Report on vaccination proceedings throughout the Government of Bengal -
Year: 1868
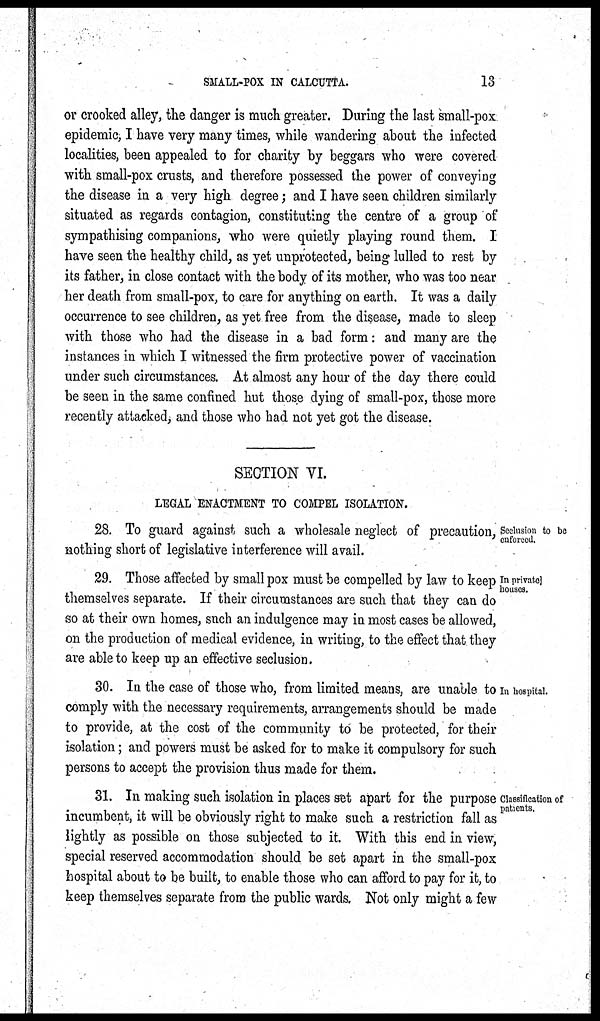
SMALL-POX IN CALCUTTA.
13
or crooked alley, the danger is much greater. During the last small-pox
epidemic, I have very many times, while wandering about the infected
localities, been appealed to for charity by beggars who were covered
with small-pox crusts, and therefore possessed the power of conveying
the disease in a very high degree; and I have seen children similarly
situated as regards contagion, constituting the centre of a group of
sympathising companions, who were quietly playing round them. I
have seen the healthy child, as yet unprotected, being lulled to rest by
its father, in close contact with the body of its mother, who was too near
her death from small-pox, to care for anything on earth. It was a daily
occurrence to see children, as yet free from the disease, made to sleep
with those who had the disease in a bad form: and many are the
instances in which I witnessed the firm protective power of vaccination
under such circumstances. At almost any hour of the day there could
be seen in the same confined hut those dying of small-pox, those more
recently attacked, and those who had not yet got the disease.
SECTION VI.
LEGAL ENACTMENT TO COMPEL ISOLATION.
Seclusion to be
enforced.
28. To guard against such a wholesale neglect of precaution,
nothing short of legislative interference will avail.
In private
houses.
29. Those affected by small pox must be compelled by law to keep
themselves separate. If their circumstances are such that they can do
so at their own homes, such an indulgence may in most cases be allowed,
on the production of medical evidence, in writing, to the effect that they
are able to keep up an effective seclusion.
In hospital.
30. In the case of those who, from limited means, are unable to
comply with the necessary requirements, arrangements should be made
to provide, at the cost of the community to be protected, for their
isolation; and powers must be asked for to make it compulsory for such
persons to accept the provision thus made for them.
Classification of
patients.
31. In making such isolation in places set apart for the purpose
incumbent, it will be obviously right to make such a restriction fall as
lightly as possible on those subjected to it. With this end in view,
special reserved accommodation should be set apart in the small-pox
hospital about to be built, to enable those who can afford to pay for it, to
keep themselves separate from the public wards. Not only might a few